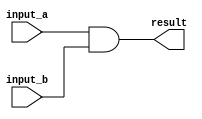
module c_mat_mult
  (input_a, input_b, result);
   
   // matrix dimensions
   parameter dim1_width = 1;
   parameter dim2_width = 1;
   parameter dim3_width = 1;
   
   // first input matrix
   input [0:dim1_width*dim2_width-1] input_a;
   
   // second input matrix
   input [0:dim2_width*dim3_width-1] input_b;
   
   output [0:dim1_width*dim3_width-1] result;
   wire [0:dim1_width*dim3_width-1] result;
   
   generate
      
      genvar 			    row;
      
      for(row = 0; row < dim1_width; row = row + 1)
	begin:rows
	   
	   genvar col;
	   
	   for(col = 0; col < dim3_width; col = col + 1)
	     begin:cols
		
		wire [0:dim2_width-1] products;
		
		genvar 		      idx;
		
		for(idx = 0; idx < dim2_width; idx = idx + 1)
		  begin:idxs
		     assign products[idx]
			      = input_a[row*dim2_width+idx] & 
				input_b[idx*dim3_width+col];
		  end
		
		assign result[row*dim3_width+col] = ^products;
		
	     end
	   
	end
      
   endgenerate
   
endmodule